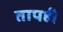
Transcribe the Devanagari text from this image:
तापही